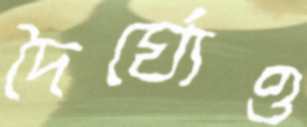
দৈর্ঘ্যেও